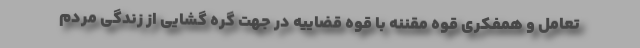
تعامل و همفکری قوه مقننه با قوه قضاییه در جهت گره گشایی از زندگی مردم